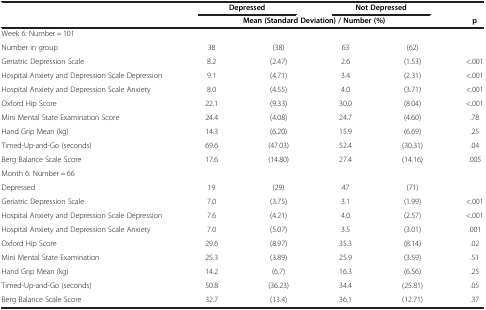
|  | <COLSPAN=2> Depressed | <COLSPAN=2> Not Depressed |  |
 |  | <COLSPAN=4> Mean (Standard Deviation) / Number (%) | p |
 | --- | --- | --- | --- | --- | --- |
 | Week 6: Number = 101 |  |  |  |  |  |
 | Number in group | 38 | (38) | 63 | (62) |  |
 | Geriatric Depression Scale | 8.2 | (2.47) | 2.6 | (1.53) | <.001 |
 | Hospital Anxiety and Depression Scale Depression | 9.1 | (4.71) | 3.4 | (2.31) | <.001 |
 | Hospital Anxiety and Depression Scale Anxiety | 8.0 | (4.55) | 4.0 | (3.71) | <.001 |
 | Oxford Hip Score | 22.1 | (9.33) | 30.0 | (8.04) | <.001 |
 | Mini Mental State Examination Score | 24.4 | (4.08) | 24.7 | (4.60) | .78 |
 | Hand Grip Mean (kg) | 14.3 | (6.20) | 15.9 | (6.69) | .25 |
 | Timed-Up-and-Go (seconds) | 69.6 | (47.03) | 52.4 | (30.31) | .04 |
 | Berg Balance Scale Score | 17.6 | (14.80) | 27.4 | (14.16) | .005 |
 | Month 6: Number = 66 |  |  |  |  |  |
 | Depressed | 19 | (29) | 47 | (71) |  |
 | Geriatric Depression Scale | 7.0 | (3.75) | 3.1 | (1.99) | <.001 |
 | Hospital Anxiety and Depression Scale Depression | 7.6 | (4.21) | 4.0 | (2.57) | <.001 |
 | Hospital Anxiety and Depression Scale Anxiety | 7.0 | (5.07) | 3.5 | (3.01) | .001 |
 | Oxford Hip Score | 29.6 | (8.97) | 35.3 | (8.14) | .02 |
 | Mini Mental State Examination | 25.3 | (3.89) | 25.9 | (3.59) | .51 |
 | Hand Grip Mean (kg) | 14.2 | (6.7) | 16.3 | (6.56) | .25 |
 | Timed-Up-and-Go (seconds) | 50.8 | (36.23) | 34.4 | (25.81) | .05 |
 | Berg Balance Scale Score | 32.7 | (13.4) | 36.1 | (12.71) | .37 |